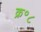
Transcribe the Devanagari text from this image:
क्र॰८